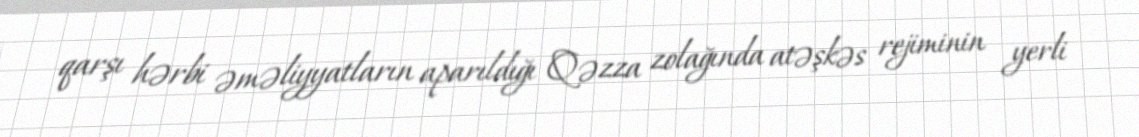
qarşı hərbi əməliyyatların aparıldığı Qəzza zolağında atəşkəs rejiminin yerli